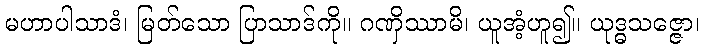
မဟာပါသာဒံ၊ မြတ်သော ပြာသာဒ်ကို။ ဂဏှိဿာမိ၊ ယူအံ့ဟူ၍။ ယုဒ္ဓသဇ္ဇော၊